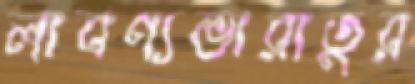
লাবণ্যভারাতুর